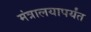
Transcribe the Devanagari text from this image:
मंत्रालयापर्यंत